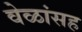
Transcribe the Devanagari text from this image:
वेळांसह